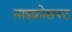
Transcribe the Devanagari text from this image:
माइक्रोसफ्ट